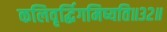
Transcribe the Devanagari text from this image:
कलिवृर्द्धिगमिष्यति॥३२॥